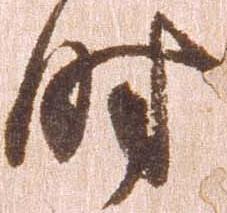
時